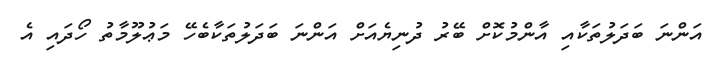
އަންނަ ބަދަލުތަކާއި އާންމުކޮށް ބޭރު ދުނިޔެއަށް އަންނަ ބަދަލުތަކާބެހޭ މަޢުލޫމާތު ހޯދައި އެ